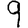
Digit: 9